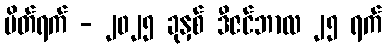
ပိတ်ရက် - ၂၀၂၅ ခုနှစ် ဒီဇင်ဘာလ ၂၅ ရက်